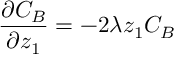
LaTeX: \frac { \partial C _ { B } } { \partial z _ { 1 } } = - 2 \lambda z _ { 1 } C _ { B }